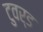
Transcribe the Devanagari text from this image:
टुवर्ड